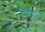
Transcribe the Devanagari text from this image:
निकट।।